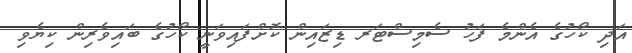
އަދި ކޯހުގެ އެންމެ ފަހު ސެމިސްޓަރ ޑިޒައިން ކޮށްފައިވަނީ ކޯހުގެ ބައިވެރިން ކިޔެވި